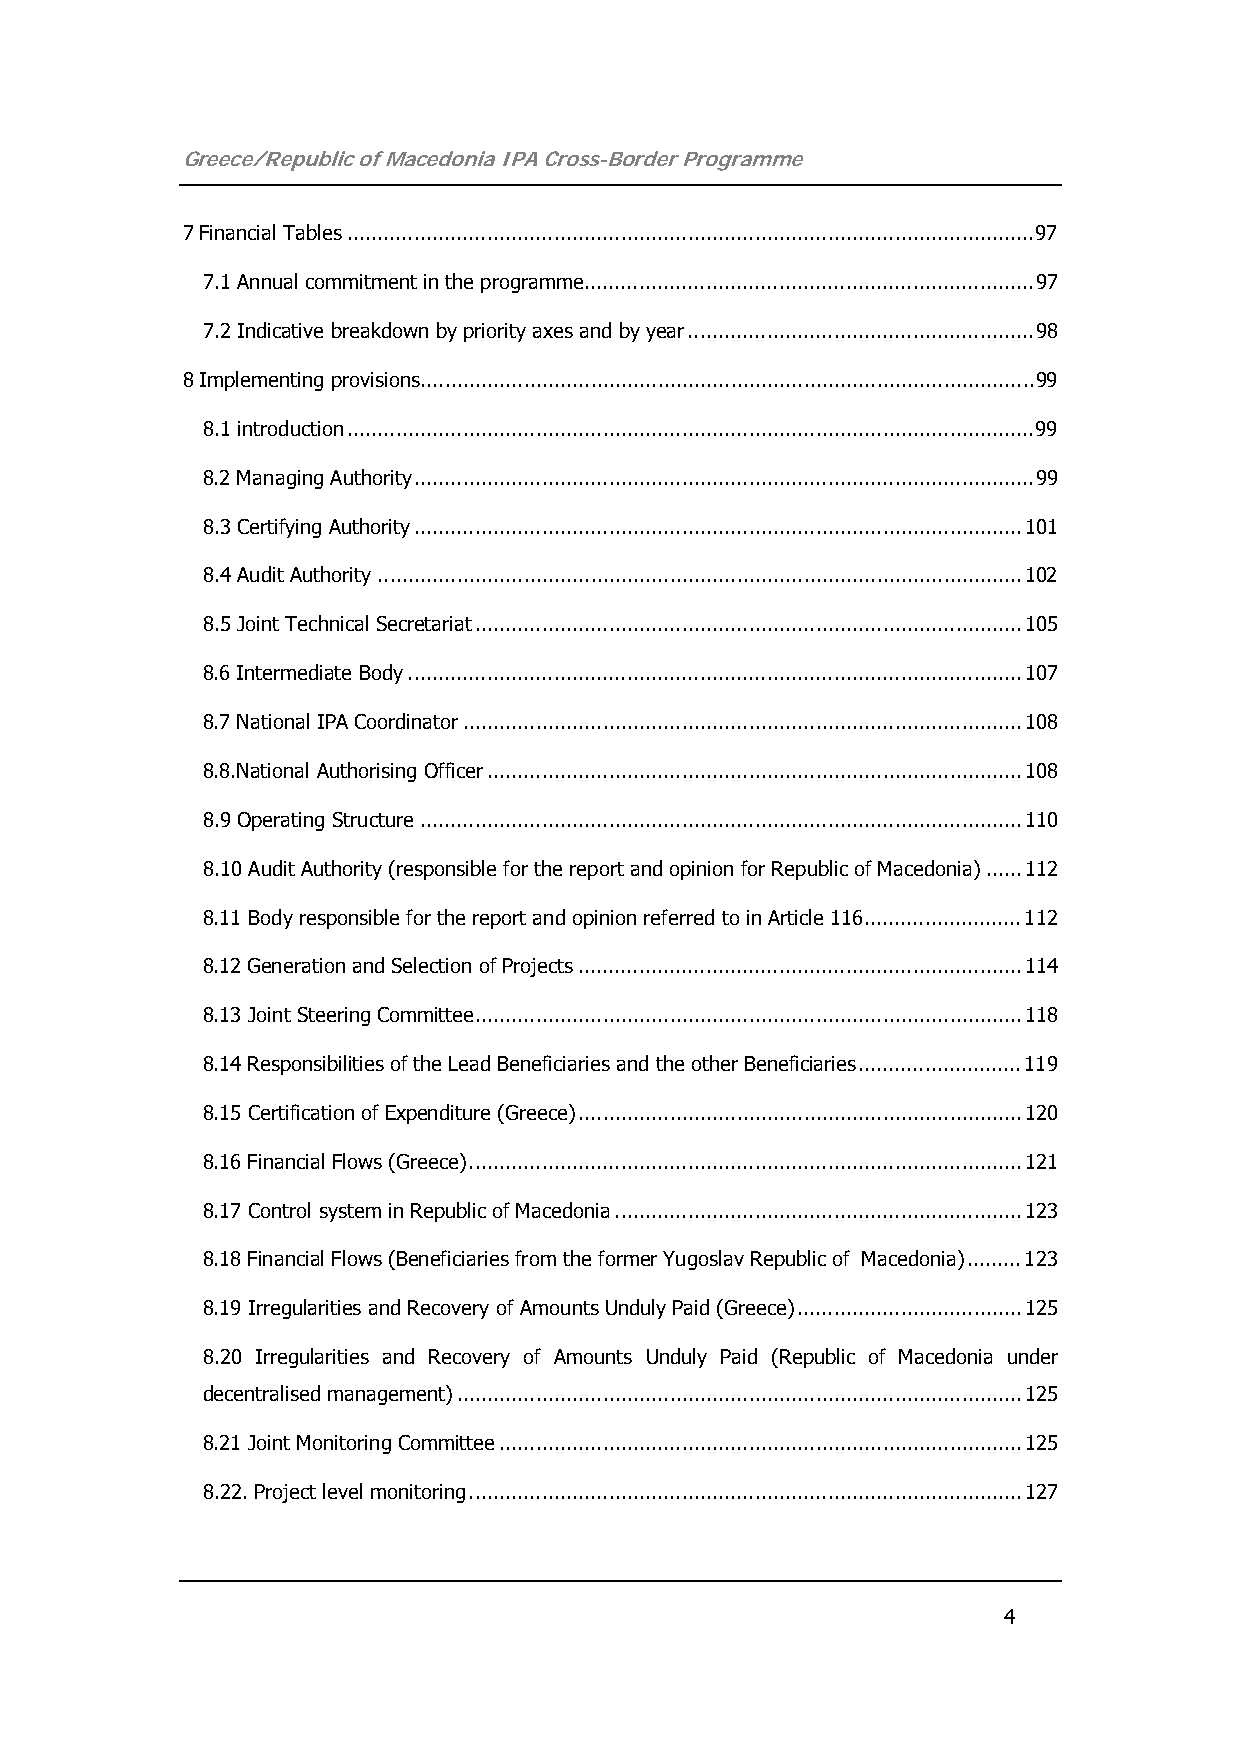
Greece/Republic of Macedonia IPA Cross-Border Programme
 7 Financial Tables.................................................................................................................97
 7.1 Annual commitment in the programme..........................................................................97
 7.2 Indicative breakdown by priority axes and by year.........................................................98
 8 Implementing provisions.....................................................................................................99
 8.1 introduction.................................................................................................................99
 8.2 Managing Authority......................................................................................................99
 8.3 Certifying Authority....................................................................................................101
 8.4 Audit Authority..........................................................................................................102
 8.5 Joint Technical Secretariat..........................................................................................105
 8.6 Intermediate Body.....................................................................................................107
 8.7 National IPA Coordinator............................................................................................108
 8.8.National Authorising Officer........................................................................................108
 8.9 Operating Structure...................................................................................................110
 8.10 Audit Authority (responsible for the report and opinion for Republic of Macedonia)......112
 8.11 Body responsible for the report and opinion referred to in Article 116..........................112
 8.12 Generation and Selection of Projects.........................................................................114
 8.13 Joint Steering Committee..........................................................................................118
 8.14 Responsibilities of the Lead Beneficiaries and the other Beneficiaries...........................119
 8.15 Certification of Expenditure (Greece).........................................................................120
 8.16 Financial Flows (Greece)...........................................................................................121
 8.17 Control system in Republic of Macedonia...................................................................123
 8.18 Financial Flows (Beneficiaries from the former Yugoslav Republic of Macedonia).........123
 8.19 Irregularities and Recovery of Amounts Unduly Paid (Greece).....................................125
 8.20 Irregularities and Recovery of Amounts Unduly Paid (Republic of Macedonia under
 decentralised management).............................................................................................125
 8.21 Joint Monitoring Committee......................................................................................125
 8.22. Project level monitoring...........................................................................................127
 4